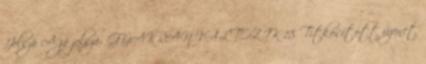
Jelszó A jó jelszó: GYAKRAN VÁLTOZIK 18 Titkosított üzenet